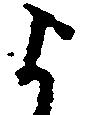
よ